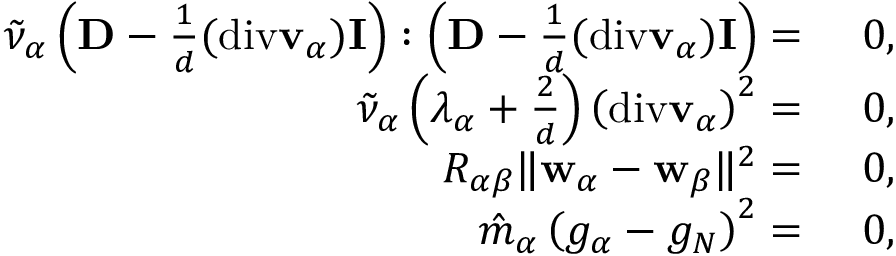
\begin{array} { r l } { \tilde { \nu } _ { \alpha } \left( \mathbf { D } - \frac { 1 } { d } ( \mathrm { d i v } \mathbf { v } _ { \alpha } ) \mathbf { I } \right) : \left( \mathbf { D } - \frac { 1 } { d } ( \mathrm { d i v } \mathbf { v } _ { \alpha } ) \mathbf { I } \right) = } & { ~ 0 , } \\ { \tilde { \nu } _ { \alpha } \left( \lambda _ { \alpha } + \frac { 2 } { d } \right) \left( \mathrm { d i v } \mathbf { v } _ { \alpha } \right) ^ { 2 } = } & { ~ 0 , } \\ { R _ { \alpha { \beta } } \| \mathbf { w } _ { \alpha } - \mathbf { w } _ { \beta } \| ^ { 2 } = } & { ~ 0 , } \\ { \hat { m } _ { \alpha } \left( g _ { \alpha } - g _ { N } \right) ^ { 2 } = } & { ~ 0 , } \end{array}